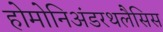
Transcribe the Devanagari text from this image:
होमोनिअंडरथलैसिस